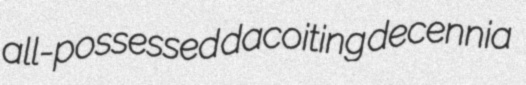
all-possessed dacoiting decennia